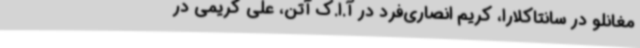
مغانلو در سانتاکلارا، کریم انصاری‌فرد در آ.ا.ک آتن، علی کریمی در